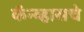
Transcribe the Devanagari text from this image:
कॅन्व्हासचे